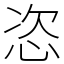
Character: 恣